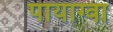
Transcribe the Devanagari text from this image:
पायाग्वा